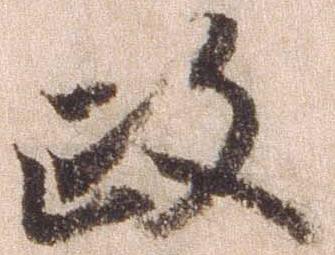
政